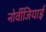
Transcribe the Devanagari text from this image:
नोर्वीजियाई